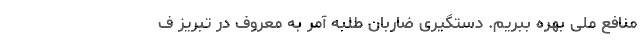
منافع ملی بهره ببریم. دستگیری ضاربان طلبه آمر به معروف در تبریز ف